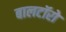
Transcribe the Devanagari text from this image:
बालटॉरो